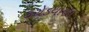
કરોડવાળા